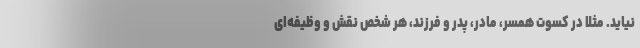
نیاید. مثلاً در کسوت همسر، مادر، پدر و فرزند، هر شخص نقش و وظیفه‌ای